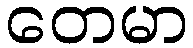
တေမာ